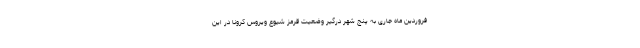
فروردین ماه جاری به پنج شهر درگیر وضعیت قرمز شیوع ویروس کرونا در این